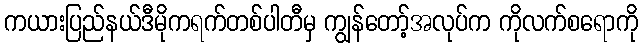
ကယားပြည်နယ်ဒီမိုကရက်တစ်ပါတီမှ ကျွန်တော့်အလုပ်က ကိုလက်စရောကို